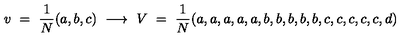
v \ = \ { \frac { 1 } { N } } ( a , b , c ) \ \longrightarrow \ V \ = \ { \frac { 1 } { N } } ( a , a , a , a , a , b , b , b , b , b , c , c , c , c , c , d )